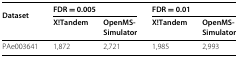
<table><thead><tr><td><b>Dataset</b></td><td colspan="2"><b>FDR = 0.005</b></td><td colspan="2"><b>FDR = 0.01</b></td></tr><tr><td></td><td><b>X!Tandem</b></td><td><b>OpenMS-</b></td><td><b>X!Tandem</b></td><td><b>OpenMS-</b></td></tr><tr><td></td><td></td><td><b>Simulator</b></td><td></td><td><b>Simulator</b></td></tr></thead><tbody><tr><td>PAe003641</td><td>1,872</td><td>2,721</td><td>1,985</td><td>2,993</td></tr></tbody></table>